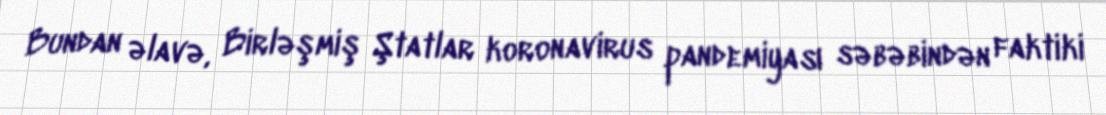
Bundan əlavə, Birləşmiş Ştatlar koronavirus pandemiyası səbəbindən faktiki